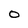
Character: O